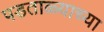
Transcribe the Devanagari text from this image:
पडताळ्याच्या